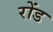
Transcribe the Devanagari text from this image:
रोंड